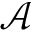
\mathcal { A }